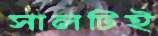
সালটিই